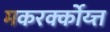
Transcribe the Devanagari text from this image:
मकरर्क्कोय्त्त